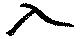
入